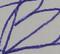
Signature authenticity: forged